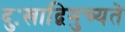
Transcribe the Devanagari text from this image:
दुःखाद्विमुच्यते